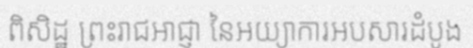
ពិសិដ្ឋ ព្រះរាជអាជ្ញា នៃអយ្យាការអបសារដំបូង